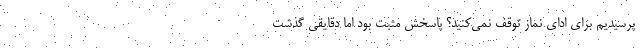
پرسیدیم برای ادای نماز توقف نمی‌کنید؟ پاسخش مثبت بود اما دقایقی گذشت